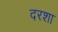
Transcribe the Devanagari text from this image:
दरशा